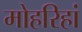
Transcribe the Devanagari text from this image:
मोहरिहां